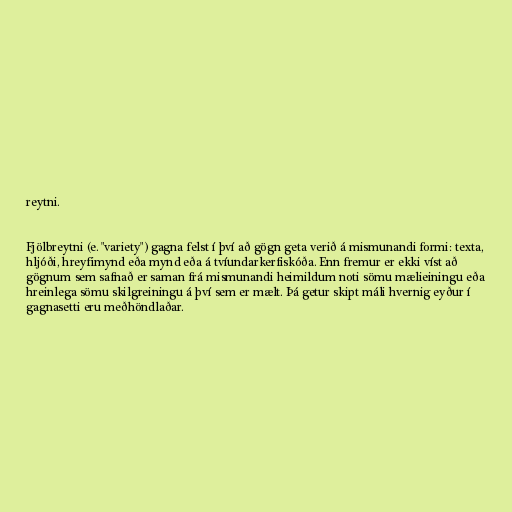
reytni.

Fjölbreytni (e. "variety") gagna felst í því að gögn geta verið á mismunandi formi: texta,
hljóði, hreyfimynd eða mynd eða á tvíundarkerfiskóða. Enn fremur er ekki víst að
gögnum sem safnað er saman frá mismunandi heimildum noti sömu mælieiningu eða
hreinlega sömu skilgreiningu á því sem er mælt. Þá getur skipt máli hvernig eyður í
gagnasetti eru meðhöndlaðar.